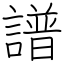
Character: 譜